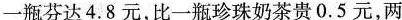
一瓶芬达4.8元，比一瓶珍珠奶茶贵0.5元，两